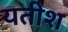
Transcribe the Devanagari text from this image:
यतीश